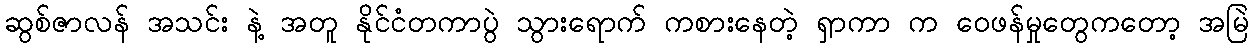
ဆွစ်ဇာလန် အသင်း နဲ့ အတူ နိုင်ငံတကာပွဲ သွားရောက် ကစားနေတဲ့ ရှာကာ က ဝေဖန်မှုတွေကတော့ အမြဲ